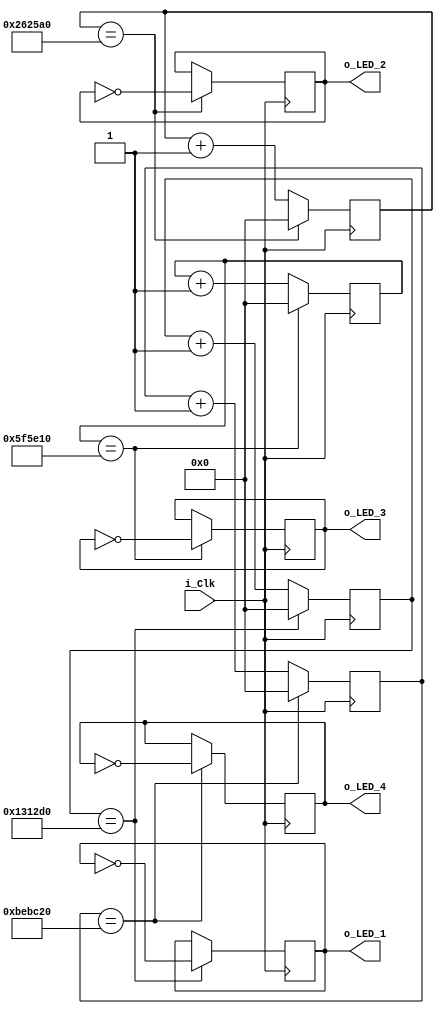
module LED_Blink
	#(parameter g_COUNT_10HZ = 1250000,
	  parameter g_COUNT_5HZ = 2500000,
	  parameter g_COUNT_2HZ = 6250000,
	  parameter g_COUNT_1HZ = 12500000)
	(input i_Clk,
	 output reg o_LED_1 = 1'b0,
	 output reg o_LED_2 = 1'b0,
	 output reg o_LED_3 = 1'b0,
	 output reg o_LED_4 = 1'b0);

	reg [31:0] r_Count_10Hz = 0;
	reg [31:0] r_Count_5Hz = 0;
	reg [31:0] r_Count_2Hz = 0;
	reg [31:0] r_Count_1Hz = 0;
	
	always @(posedge i_Clk)
	begin
		if (r_Count_10Hz == g_COUNT_10HZ)
		begin
			o_LED_1 <= ~o_LED_1;
			r_Count_10Hz <= 0;
		end
		else
			r_Count_10Hz <= r_Count_10Hz + 1;
	end

	always @(posedge i_Clk)
	begin
		if (r_Count_5Hz == g_COUNT_5HZ)
		begin
			o_LED_2 <= ~o_LED_2;
			r_Count_5Hz <= 0;
		end
		else
			r_Count_5Hz <= r_Count_5Hz + 1;
	end

	always @(posedge i_Clk)
	begin
		if (r_Count_2Hz == g_COUNT_2HZ)
		begin
			o_LED_3 <= ~o_LED_3;
			r_Count_2Hz <= 0;
		end
		else
			r_Count_2Hz <= r_Count_2Hz + 1;
	end

	always @(posedge i_Clk)
	begin
		if (r_Count_1Hz == g_COUNT_1HZ)
		begin
			o_LED_4 <= ~o_LED_4;
			r_Count_1Hz <= 0;
		end
		else
			r_Count_1Hz <= r_Count_1Hz + 1;
	end

endmodule